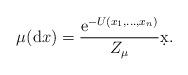
LaTeX: \begin{align*} \mu(\mathrm d x) =\frac{\mathrm{e}^{-U(x_1,\ldots,x_n)}}{Z_{\mu}}\d x.\end{align*}